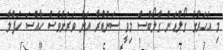
މި އަހަރުގެ ގޯލްޑަން ގްލޯބްސް މިވީ ސަންޑްރާ އަށް ވަރަށްވެސް ހާއްސަ ހަފްލާ